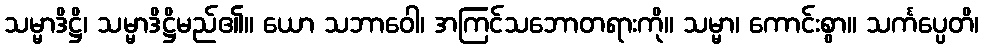
သမ္မာဒိဋ္ဌိ၊ သမ္မာဒိဋ္ဌိမည်၏။ ယော သဘာဝေါ၊ အကြင်သဘောတရားကို။ သမ္မာ၊ ကောင်းစွာ။ သင်္ကပ္ပေတိ၊